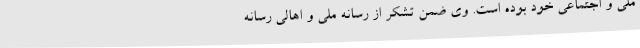
ملی و اجتماعی خود بوده است. وی ضمن تشکر از رسانه ملی و اهالی رسانه